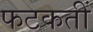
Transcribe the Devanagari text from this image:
फटकतीं